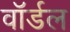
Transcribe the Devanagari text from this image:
वॉर्डल